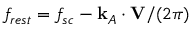
f _ { r e s t } = f _ { s c } - \mathbf { k } _ { A } \cdot \mathbf { V } / ( 2 \pi )